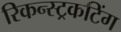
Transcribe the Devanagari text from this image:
रिकन्स्ट्रकटिंग